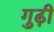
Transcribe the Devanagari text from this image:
गुढ़ी